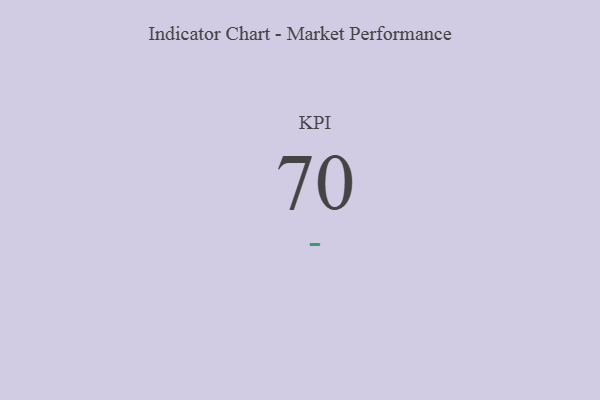
{"axis": {"x": "KPI", "y": "Value"}, "legend": [""], "data": [{"x": "KPI", "y": 70, "type": ""}]}